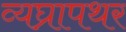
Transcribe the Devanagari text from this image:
व्यघ्रापथर